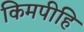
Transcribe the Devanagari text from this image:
किमपीहि